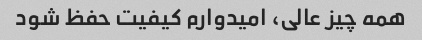
همه چیز عالی، امیدوارم کیفیت حفظ شود